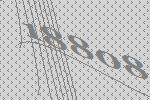
18808